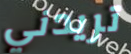
تريدني